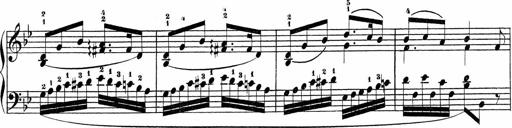
Title: Sonatinas
Composer: Andrew Violette